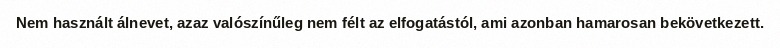
Nem használt álnevet, azaz valószínűleg nem félt az elfogatástól, ami azonban hamarosan bekövetkezett.